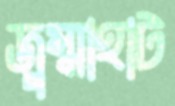
জুম্মাহাট